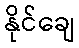
နိုင်ချေ